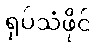
ရုပ်သံဖိုင်